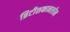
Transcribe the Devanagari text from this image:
ब्रिटीशकानलीन